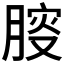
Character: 𰮾